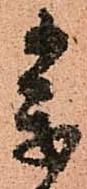
参